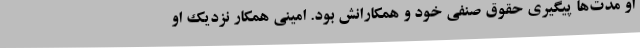
او مدت‌ها پیگیری حقوق صنفی خود و همکارانش بود. امینی همکار نزدیک او